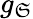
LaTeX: g_{\mathfrak{S}}